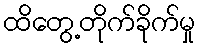
ထိတွေ့တိုက်ခိုက်မှု